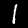
Digit: 1